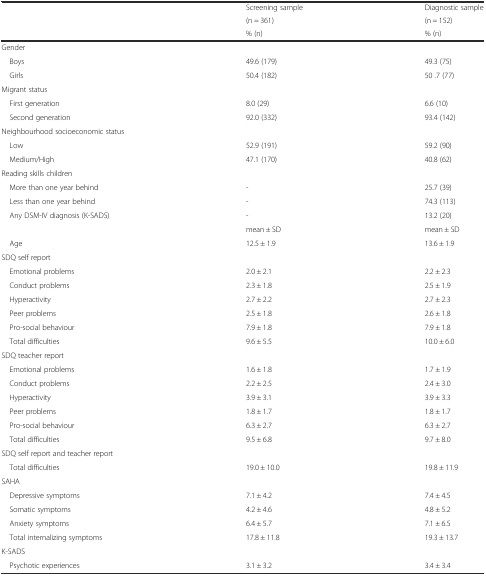
<table><thead><tr><td rowspan="2"></td><td><b>Screening sample</b></td><td><b>Diagnostic sample</b></td></tr><tr><td><b>(n = 361)</b></td><td><b>(n = 152)</b></td></tr><tr><td></td><td><b>% (n)</b></td><td><b>% (n)</b></td></tr></thead><tbody><tr><td>Gender</td><td></td><td></td></tr><tr><td> Boys</td><td>49.6 (179)</td><td>49.3 (75)</td></tr><tr><td> Girls</td><td>50.4 (182)</td><td>50 .7 (77)</td></tr><tr><td>Migrant status</td><td></td><td></td></tr><tr><td> First generation</td><td>8.0 (29)</td><td>6.6 (10)</td></tr><tr><td> Second generation</td><td>92.0 (332)</td><td>93.4 (142)</td></tr><tr><td>Neighbourhood socioeconomic status</td><td></td><td></td></tr><tr><td> Low</td><td>52.9 (191)</td><td>59.2 (90)</td></tr><tr><td> Medium/High</td><td>47.1 (170)</td><td>40.8 (62)</td></tr><tr><td>Reading skills children</td><td></td><td></td></tr><tr><td> More than one year behind</td><td>-</td><td>25.7 (39)</td></tr><tr><td> Less than one year behind</td><td>-</td><td>74.3 (113)</td></tr><tr><td> Any DSM-IV diagnosis (K-SADS)</td><td>-</td><td>13.2 (20)</td></tr><tr><td></td><td>mean ± SD</td><td>mean ± SD</td></tr><tr><td> Age</td><td>12.5 ± 1.9</td><td>13.6 ± 1.9</td></tr><tr><td>SDQ self report</td><td></td><td></td></tr><tr><td> Emotional problems</td><td>2.0 ± 2.1</td><td>2.2 ± 2.3</td></tr><tr><td> Conduct problems</td><td>2.3 ± 1.8</td><td>2.5 ± 1.9</td></tr><tr><td> Hyperactivity</td><td>2.7 ± 2.2</td><td>2.7 ± 2.3</td></tr><tr><td> Peer problems</td><td>2.5 ± 1.8</td><td>2.6 ± 1.8</td></tr><tr><td> Pro-social behaviour</td><td>7.9 ± 1.8</td><td>7.9 ± 1.8</td></tr><tr><td> Total difficulties</td><td>9.6 ± 5.5</td><td>10.0 ± 6.0</td></tr><tr><td>SDQ teacher report</td><td></td><td></td></tr><tr><td> Emotional problems</td><td>1.6 ± 1.8</td><td>1.7 ± 1.9</td></tr><tr><td> Conduct problems</td><td>2.2 ± 2.5</td><td>2.4 ± 3.0</td></tr><tr><td> Hyperactivity</td><td>3.9 ± 3.1</td><td>3.9 ± 3.3</td></tr><tr><td> Peer problems</td><td>1.8 ± 1.7</td><td>1.8 ± 1.7</td></tr><tr><td> Pro-social behaviour</td><td>6.3 ± 2.7</td><td>6.3 ± 2.7</td></tr><tr><td> Total difficulties</td><td>9.5 ± 6.8</td><td>9.7 ± 8.0</td></tr><tr><td>SDQ self report and teacher report</td><td></td><td></td></tr><tr><td> Total difficulties</td><td>19.0 ± 10.0</td><td>19.8 ± 11.9</td></tr><tr><td>SAHA</td><td></td><td></td></tr><tr><td> Depressive symptoms</td><td>7.1 ± 4.2</td><td>7.4 ± 4.5</td></tr><tr><td> Somatic symptoms</td><td>4.2 ± 4.6</td><td>4.8 ± 5.2</td></tr><tr><td> Anxiety symptoms</td><td>6.4 ± 5.7</td><td>7.1 ± 6.5</td></tr><tr><td> Total internalizing symptoms</td><td>17.8 ± 11.8</td><td>19.3 ± 13.7</td></tr><tr><td>K-SADS</td><td></td><td></td></tr><tr><td> Psychotic experiences</td><td>3.1 ± 3.2</td><td>3.4 ± 3.4</td></tr></tbody></table>